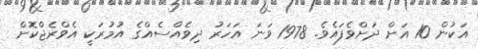
އަކުން 10 އަށް ދަށްވެފައެވެ. 1978 ވަނަ އަހަރު ދިވެއްސެއްގެ އުމުރަކީ އެވްރެޖްކޮށް